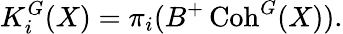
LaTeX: K_{i}^{G}(X)=\pi_{i}(B^{+}\operatorname{Coh}^{G}(X)).